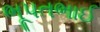
ભૂપતભાઈ